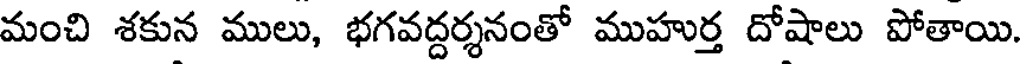
మంచి శకున ములు, భగవద్దర్శనంతో ముహుర్త దోషాలు పోతాయి.